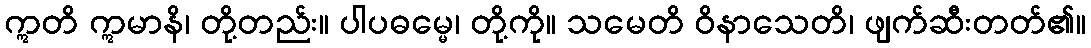
ဣတိ ဣမာနိ၊ တို့တည်း။ ပါပဓမ္မေ၊ တို့ကို။ သမေတိ ဝိနာသေတိ၊ ဖျက်ဆီးတတ်၏။